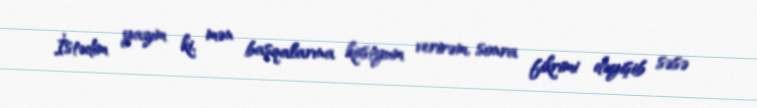
İstədim yazım ki, mən başqalarına kostyum verirəm, sonra fikrimi dəyişib səsə